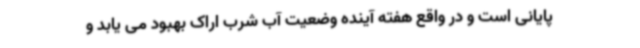
پایانی است و در واقع هفته آینده وضعیت آب شرب اراک بهبود می یابد و